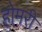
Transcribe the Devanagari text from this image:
होमरी